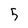
Character: 5